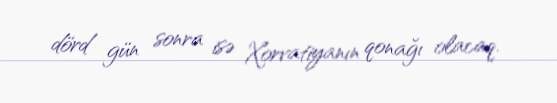
dörd gün sonra isə Xorvatiyanın qonağı olacaq.